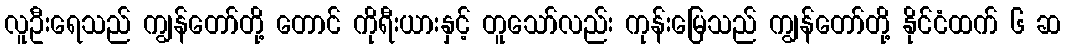
လူဦးရေသည် ကျွန်တော်တို့ တောင် ကိုရီးယားနှင့် တူသော်လည်း ကုန်းမြေသည် ကျွန်တော်တို့ နိုင်ငံထက် ၆ ဆ